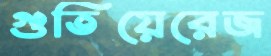
গুতিয়েরেজ